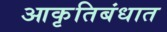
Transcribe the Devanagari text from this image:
आकृतिबंधात